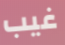
غيب